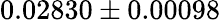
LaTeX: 0.02830\pm 0.00098